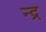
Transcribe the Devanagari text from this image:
न्द्र